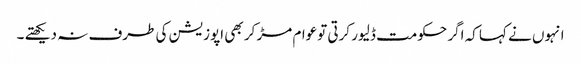
انہوں نے کہا کہ اگر حکومت ڈلیور کرتی توعوام مڑ کر بھی اپوزیشن کی طرف نہ دیکھتے ۔